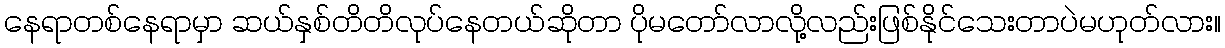
နေရာတစ်နေရာမှာ ဆယ်နှစ်တိတိလုပ်နေတယ်ဆိုတာ ပိုမတော်လာလို့လည်းဖြစ်နိုင်သေးတာပဲမဟုတ်လား။